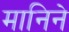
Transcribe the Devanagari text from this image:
मानिने